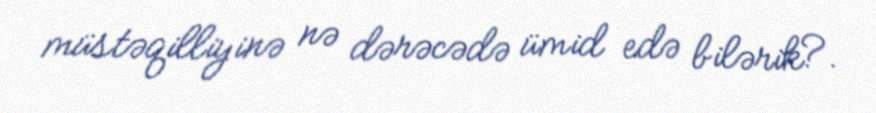
müstəqilliyinə nə dərəcədə ümid edə bilərik?.